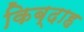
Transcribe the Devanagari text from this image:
किब्दाह